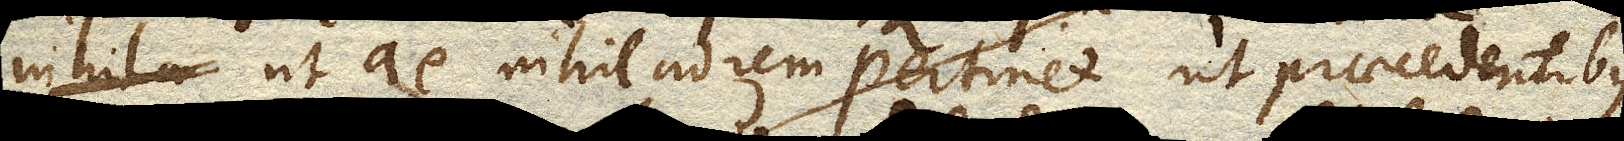
ut ae nihil ad rem pertinet, ut praecedentibus